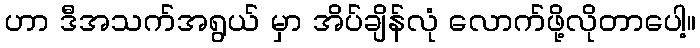
ဟာ ဒီအသက်အရွယ် မှာ အိပ်ချိန်လုံ လောက်ဖို့လိုတာပေါ့။